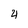
Character: 4